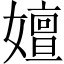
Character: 嬗